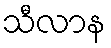
သီလာန